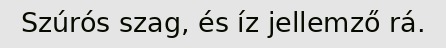
Szúrós szag, és íz jellemző rá.